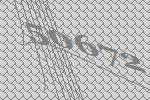
50672